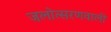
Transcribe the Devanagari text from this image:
जलोत्सरणवाली